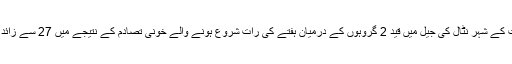
غیرملکی خبر رساں اداے کے مطابق برازیل کی شمال مشرقی ریاست کے شہر نٹال کی جیل میں قید 2 گروہوں کے درمیان ہفتے کی رات شروع ہونے والے خونی تصادم کے نتیجے میں 27 سے زائد قیدی ہلاک ہوگئے جب کہ تین قیدیوں کے سر بھی قلم کئے گئے ہیں۔